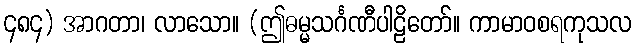
၄၈၄) အာဂတာ၊ လာသော။ (ဤဓမ္မသင်္ဂဏီပါဠိတော်။ ကာမာဝစရကုသလ